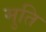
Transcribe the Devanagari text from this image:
मुति